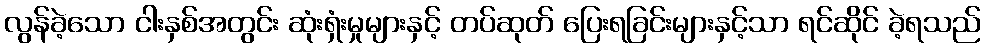
လွန်ခဲ့သော ငါးနှစ်အတွင်း ဆုံးရှံးမှုများနှင့် တပ်ဆုတ် ပြေးရခြင်းများနှင့်သာ ရင်ဆိုင် ခဲ့ရသည်